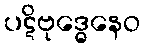
ပဋိဗုဒ္ဓေနေဝ